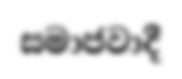
සමාජවාදී